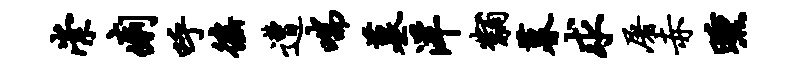
崇痢呼徭遭喘墓洋黼暮求屠赤曛